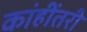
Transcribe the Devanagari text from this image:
कांहींतरी